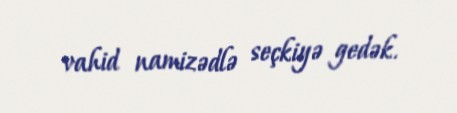
vahid namizədlə seçkiyə gedək.